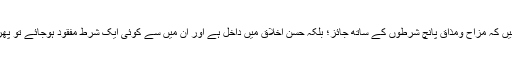
امام غزالی تحریر فرماتے ہیں کہ مزاح ومذاق پانچ شرطوں کے ساتھ جائز؛ بلکہ حسنِ اخلاق میں داخل ہے اور ان میں سے کوئی ایک شرط مفقود ہوجائے تو پھر مذاق ممنوع اور ناجائز ہے۔